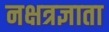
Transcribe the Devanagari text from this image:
नक्षत्रज्ञाता